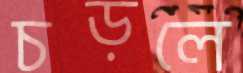
চড়লে